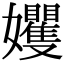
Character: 𡤬